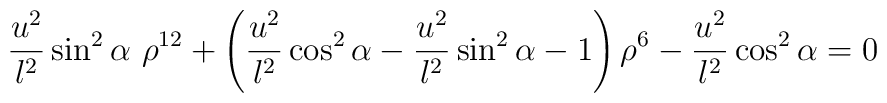
{u^2 \over l^2} \sin^2 \alpha ~\rho^{12} + \left({u^2 \over l^2} \cos^2 \alpha- {u^2 \over l^2} \sin^2 \alpha -1\right) \rho^6 - {u^2 \over l^2} \cos^2 \alpha = 0